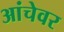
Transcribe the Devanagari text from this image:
आंचेवर